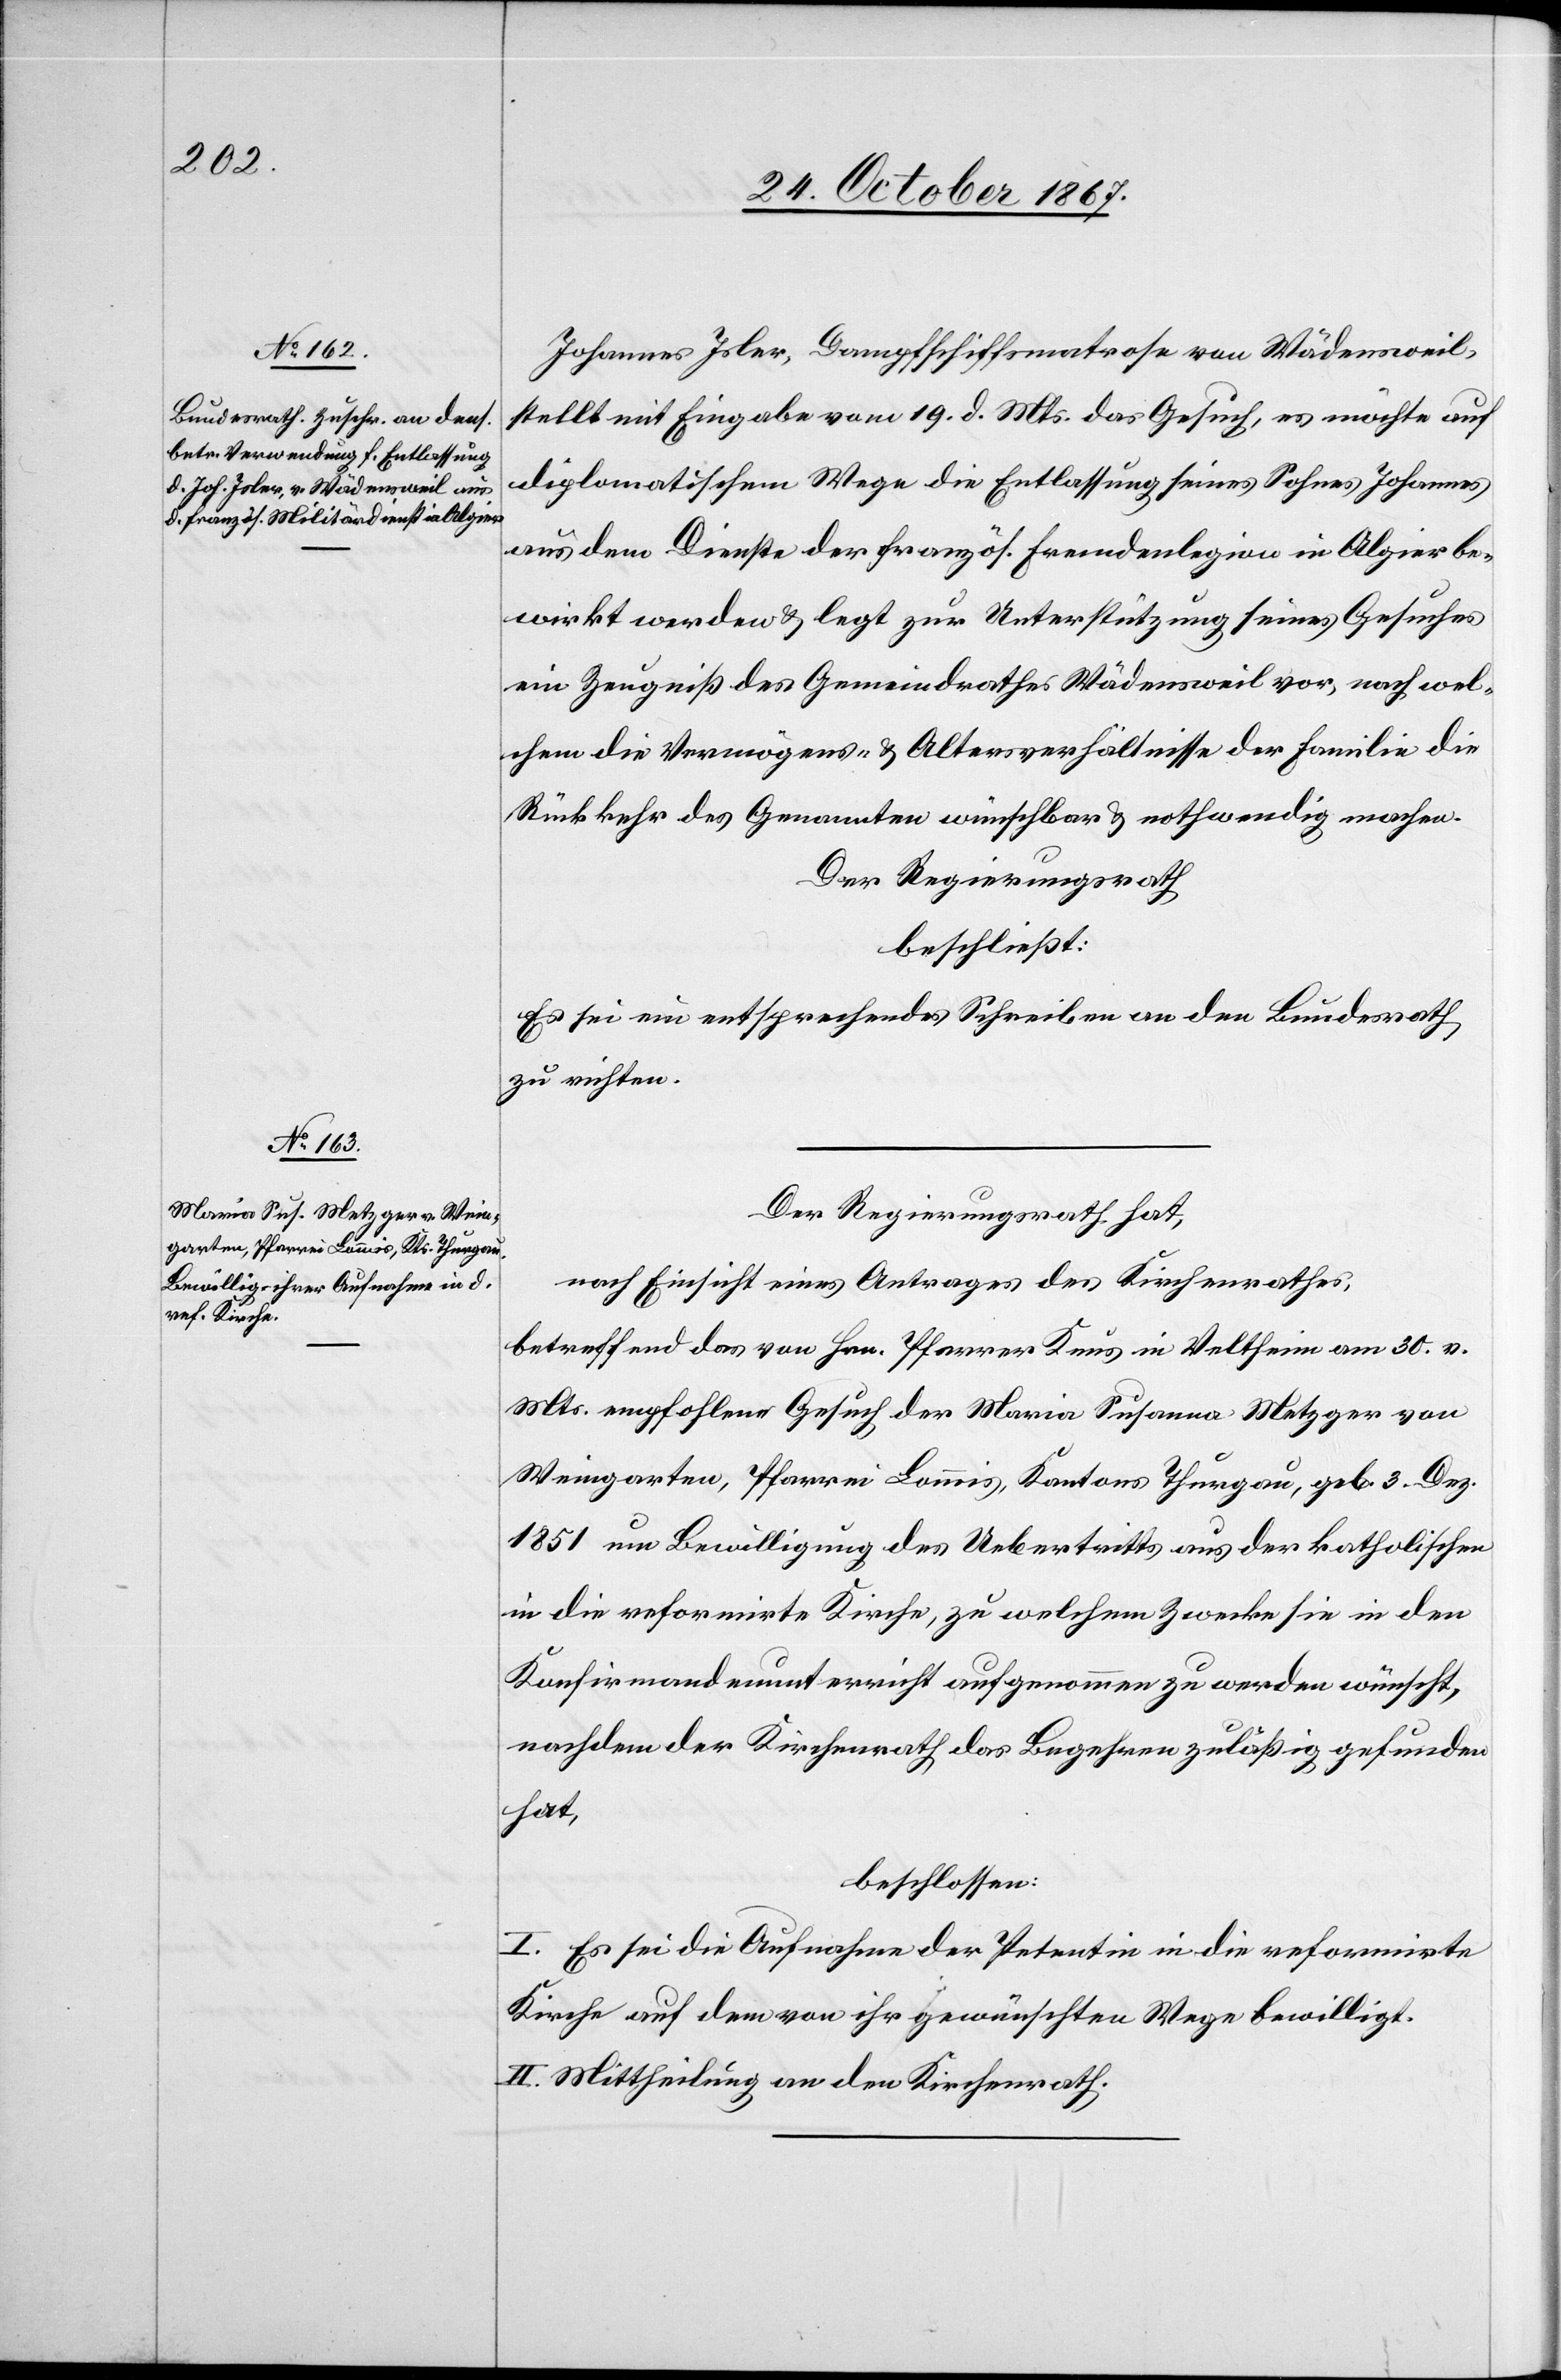
Johannes Isler, Dampfschiffsmatrose von Wädensweil,
stellt mit Eingabe vom 19. v. Mts. das Gesuch, es möchte auf
diplomatischem Wege die Entlassung seines Sohnes Johannes
aus dem Dienste der französ. Fremdenlegion in Algier be¬
wirkt werden u. legt zur Unterstützung seines Gesuches
ein Zeugniß des Gemeindrathes Wädensweil vor, nach wel¬
chem die Vermögens- u. Altersverhältnisse der Familie die
Rückkehr des Genannten wünschbar u. nothwendig machen.
Der Regierungsrath
beschließt:
Es sei ein entsprechendes Schreiben an den Bundesrath
zu richten.
Der Regierungsrath hat,
nach Einsicht eines Antrages des Kirchenrathes,
betreffend das von Hrn. Pfarrer Knus in Velhteim am 30. v.
Mts. empfohlene Gesuch der Maria Susanna Metzger von
Weingarten, Pfarrei Lommis, Kantons Thurgau, geb. 3. Dez.
1851 um Bewilligung des Uebertritts aus der katholischen
in die reformirte Kirche, zu welchem Zwecke sie in den
Konfirmandenunterricht aufgenommen zu werden wünscht,
nachdem der Kirchenrath das Begehren zuläßig gefunden
hat,
beschlossen:
I. Es sei die Aufnahme der Petentin in die reformirte
Kirche auf dem von ihr gewünschten Wege bewilligt.
II. Mittheilung an den Kirchenrath.